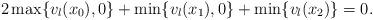
LaTeX: \begin{align*}2\max \{ v_l (x_0 ),0 \} +\min \{ v_l (x_1 ),0 \} +\min \{ v_l (x_2 )\}=0. \end{align*}